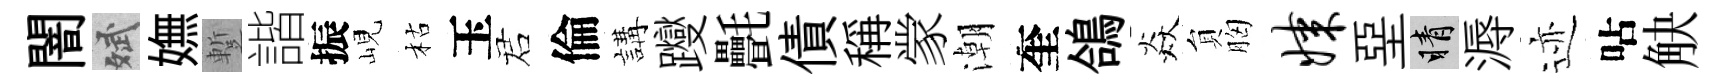
闇斌嫵蹔諧振峴枯玉诺倫講躞㲲債稱䝉潮奎鴿焱貟胸媒堊睛溽迹呫觖